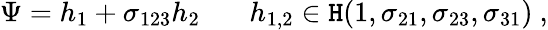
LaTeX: \Psi=h_{1}+\sigma_{123}h_{2}~~~~~~~h_{1,2}\in{\cal\mathtt{H}}(1,\sigma_{21},\sigma_{23},\sigma_{31})~,